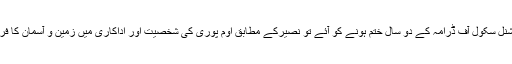
جب نیشنل سکول آف ڈرامہ کے دو سال ختم ہونے کو آئے تو نصیرکے مطابق اوم پوری کی شخصیت اور اداکاری میں زمین و آسمان کا فرق تھا ۔